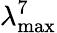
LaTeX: \lambda_{\mathrm{max}}^{7}